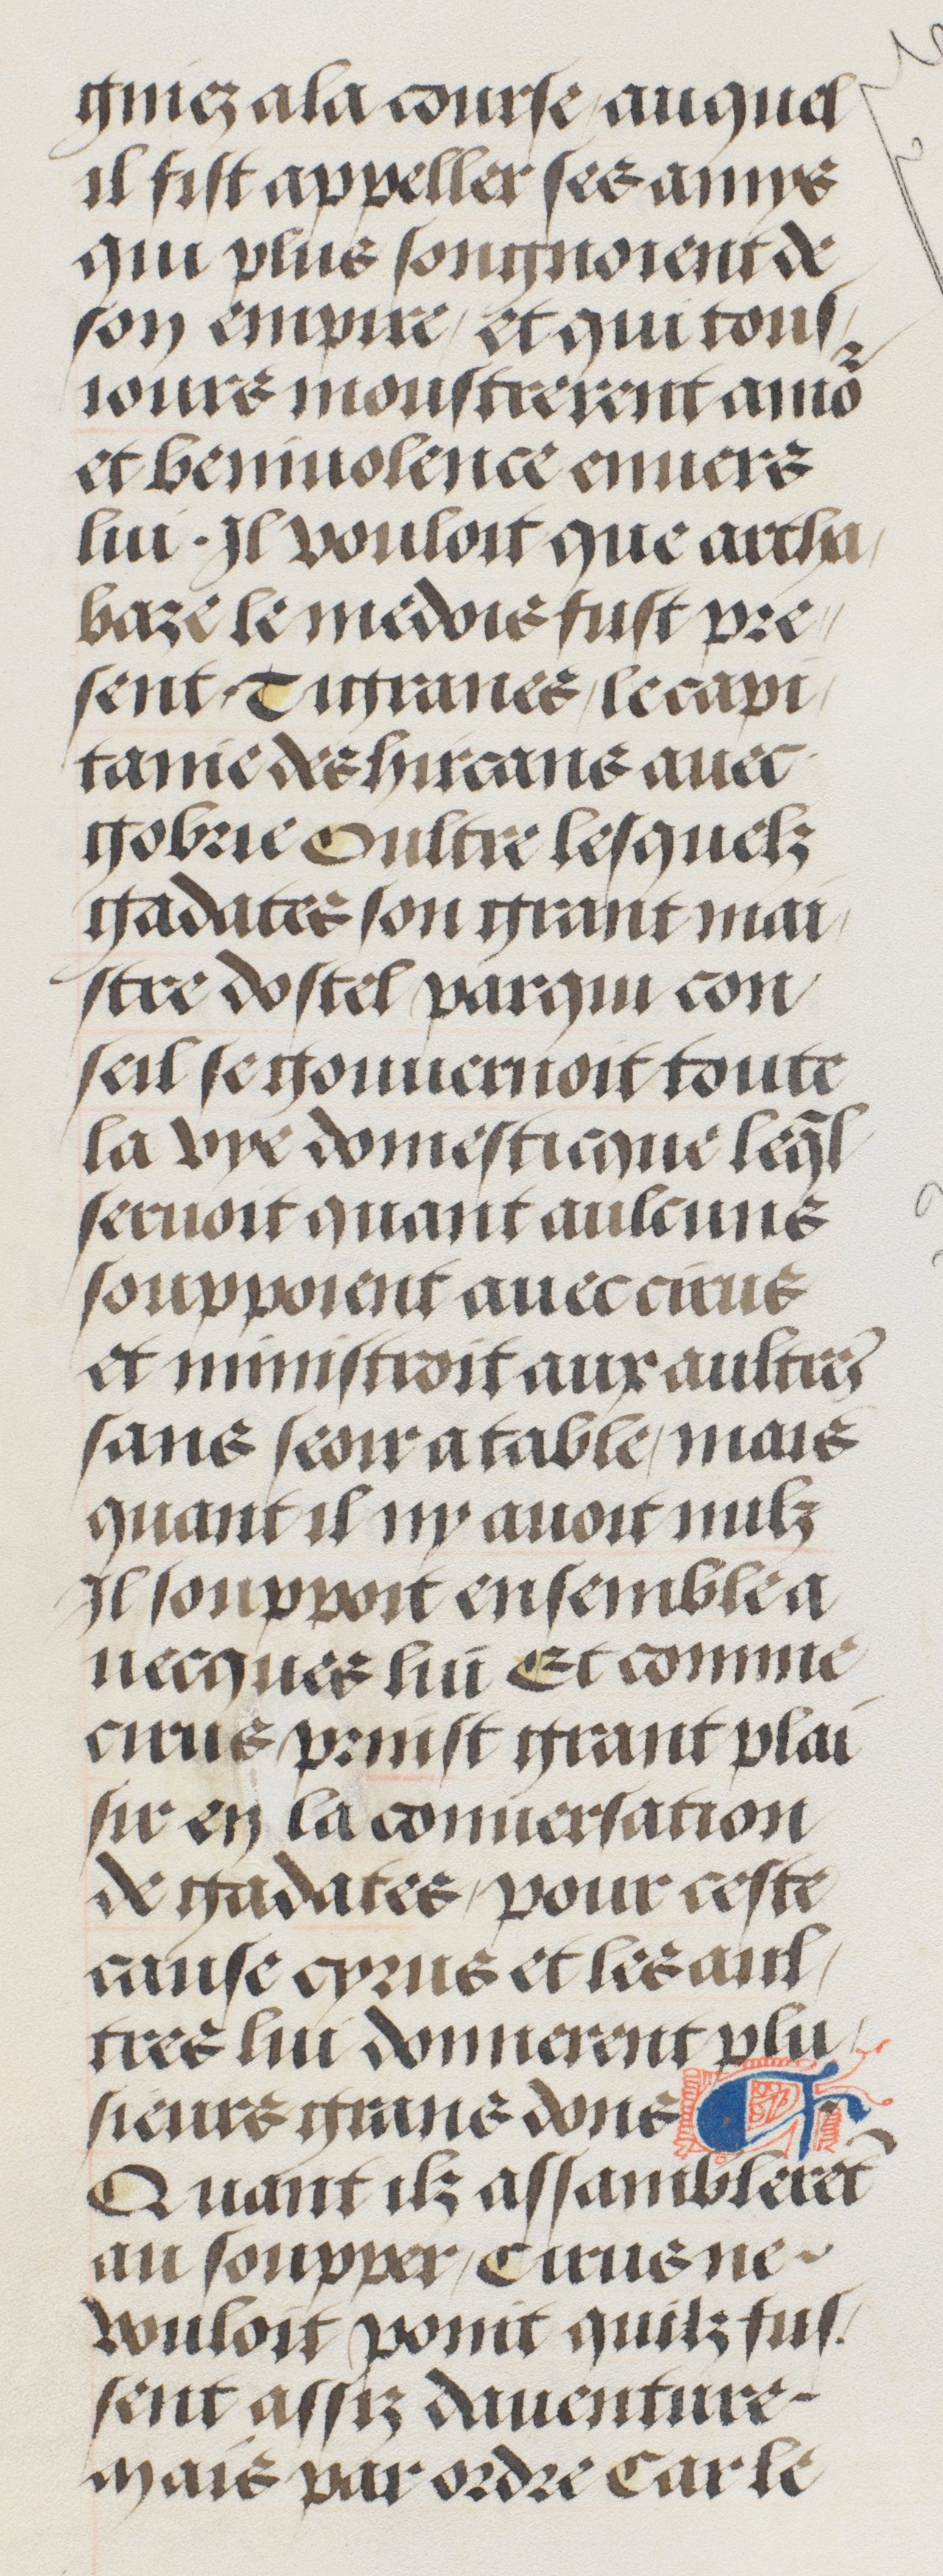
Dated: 1485–1505